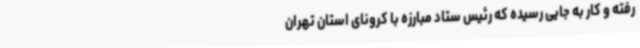
رفته و کار به جایی رسیده که رئیس ستاد مبارزه با کرونای استان تهران